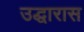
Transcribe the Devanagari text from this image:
उद्धारास